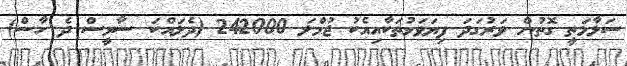
ސަލާމަތީ ގޮތުން ވަރުގަދަ ފިޔަވަޅުތަކާއިއެކު ޖުމްލަ 242000 (ދެލައްކަ ސާޅީސް ދެ ހާސް)